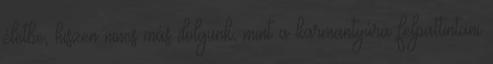
életbe, hiszen nincs más dolgunk, mint a karmantyúra felpattintani